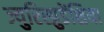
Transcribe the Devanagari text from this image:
ज्युरिस्प्रुडेंशिया